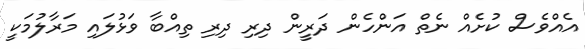
އެއްވެސް ކުށެއް ނެތް އަންހެން ދަރީން ދިރި ދިރި ތިއްބާ ވަޅުލައި މަރާލުމަކީ